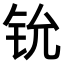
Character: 𫟵